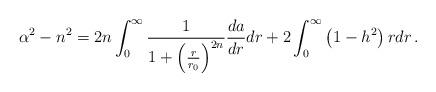
LaTeX: \begin{align*} \alpha^2 - n^2 = 2 n \int_0^\infty {1 \over 1 + \left({ r\over r_0}\right)^{2 n} }{da \over dr} dr + 2 \int_0^\infty \left( 1 - h^2 \right) r dr \, .\end{align*}